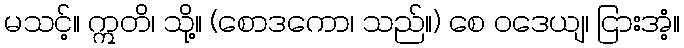
မသင့်။ ဣတိ၊ သို့။ (စောဒကော၊ သည်။) စေ ဝဒေယျ၊ ငြားအံ့။